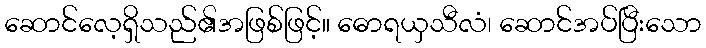
ဆောင်လေ့ရှိသည်၏အဖြစ်ဖြင့်။ ဓောရယှသီလံ၊ ဆောင်အပ်ပြီးသော